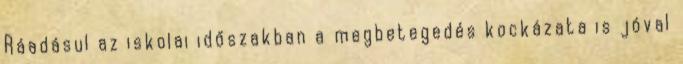
Ráadásul az iskolai időszakban a megbetegedés kockázata is jóval